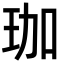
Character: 珈